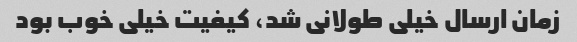
زمان ارسال خیلی طولانی شد، کیفیت خیلی خوب بود